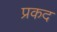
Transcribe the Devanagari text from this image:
प्रकद